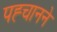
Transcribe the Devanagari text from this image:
पह्चानने